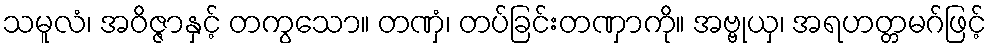
သမူလံ၊ အဝိဇ္ဇာနှင့် တကွသော။ တဏှံ၊ တပ်ခြင်းတဏှာကို။ အဗ္ဗုယှ၊ အရဟတ္တမဂ်ဖြင့်